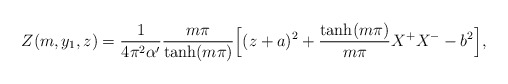
\begin{align*}Z(m,y_1,z) = \frac{1}{4\pi^2\alpha'}\frac{m\pi}{\tanh(m\pi)} \Bigl[ (z+ a)^2 +\frac{\tanh(m\pi)}{m\pi}X^+X^-- b^2 \Bigr],\end{align*}